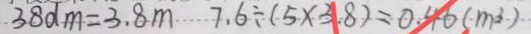
3 8 d m = 3 . 8 m 7 . 6 \div ( 5 \times 3 . 8 ) = 0 . 4 6 ( m ^ { 3 } )